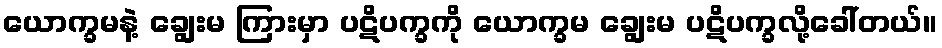
ယောက္ခမနဲ့ ချွေးမ ကြားမှာ ပဋိပက္ခကို ယောက္ခမ ချွေးမ ပဋိပက္ခလို့ခေါ်တယ်။